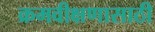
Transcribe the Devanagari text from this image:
क्रमवीक्षणासाठी